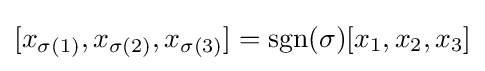
[x_{\sigma (1)},x_{\sigma (2)},x_{\sigma (3)}]=\operatorname {sgn}(\sigma )[x_{1},x_{2},x_{3}]